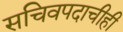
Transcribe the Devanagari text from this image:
सचिवपदाचीही